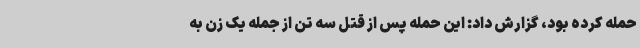
حمله کرده بود، گزارش داد: این حمله پس از قتل سه تن از جمله یک زن به